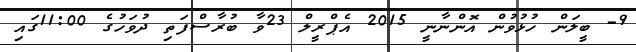
9- ބީލަން ހުޅުވުން އޮންނާނީ 2015 އެޕްރީލް 23ވާ ބުރާސްފަތި ދުވަހުގެ 11:00ގައި